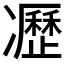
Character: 𠘟